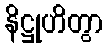
နိဋ္ဌုဟိတွာ